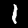
Label: 1